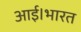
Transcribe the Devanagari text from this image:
आई।भारत